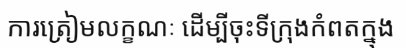
ការត្រៀមលក្ខណៈ ដើម្បីចុះទីក្រុងកំពតក្នុង